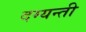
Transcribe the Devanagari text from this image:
दम्यन्ती